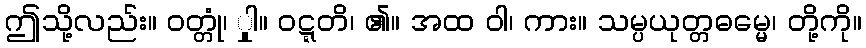
ဤသို့လည်း။ ဝတ္တုံ၊ ှုါ။ ဝဋ္ဋတိ၊ ၏။ အထ ဝါ၊ ကား။ သမ္ပယုတ္တဓမ္မေ၊ တို့ကို။